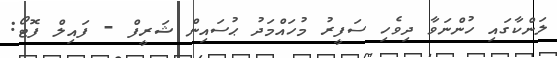
ލަންކާގައި ހުންނަވާ ދިވެހި ސަފީރު މުހައްމަދު ޙުސައިން ޝަރީފް - ފައިލް ފޮޓޯ: